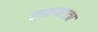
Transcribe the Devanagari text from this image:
लाकनाट्य